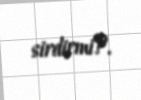
sirdirmi?.